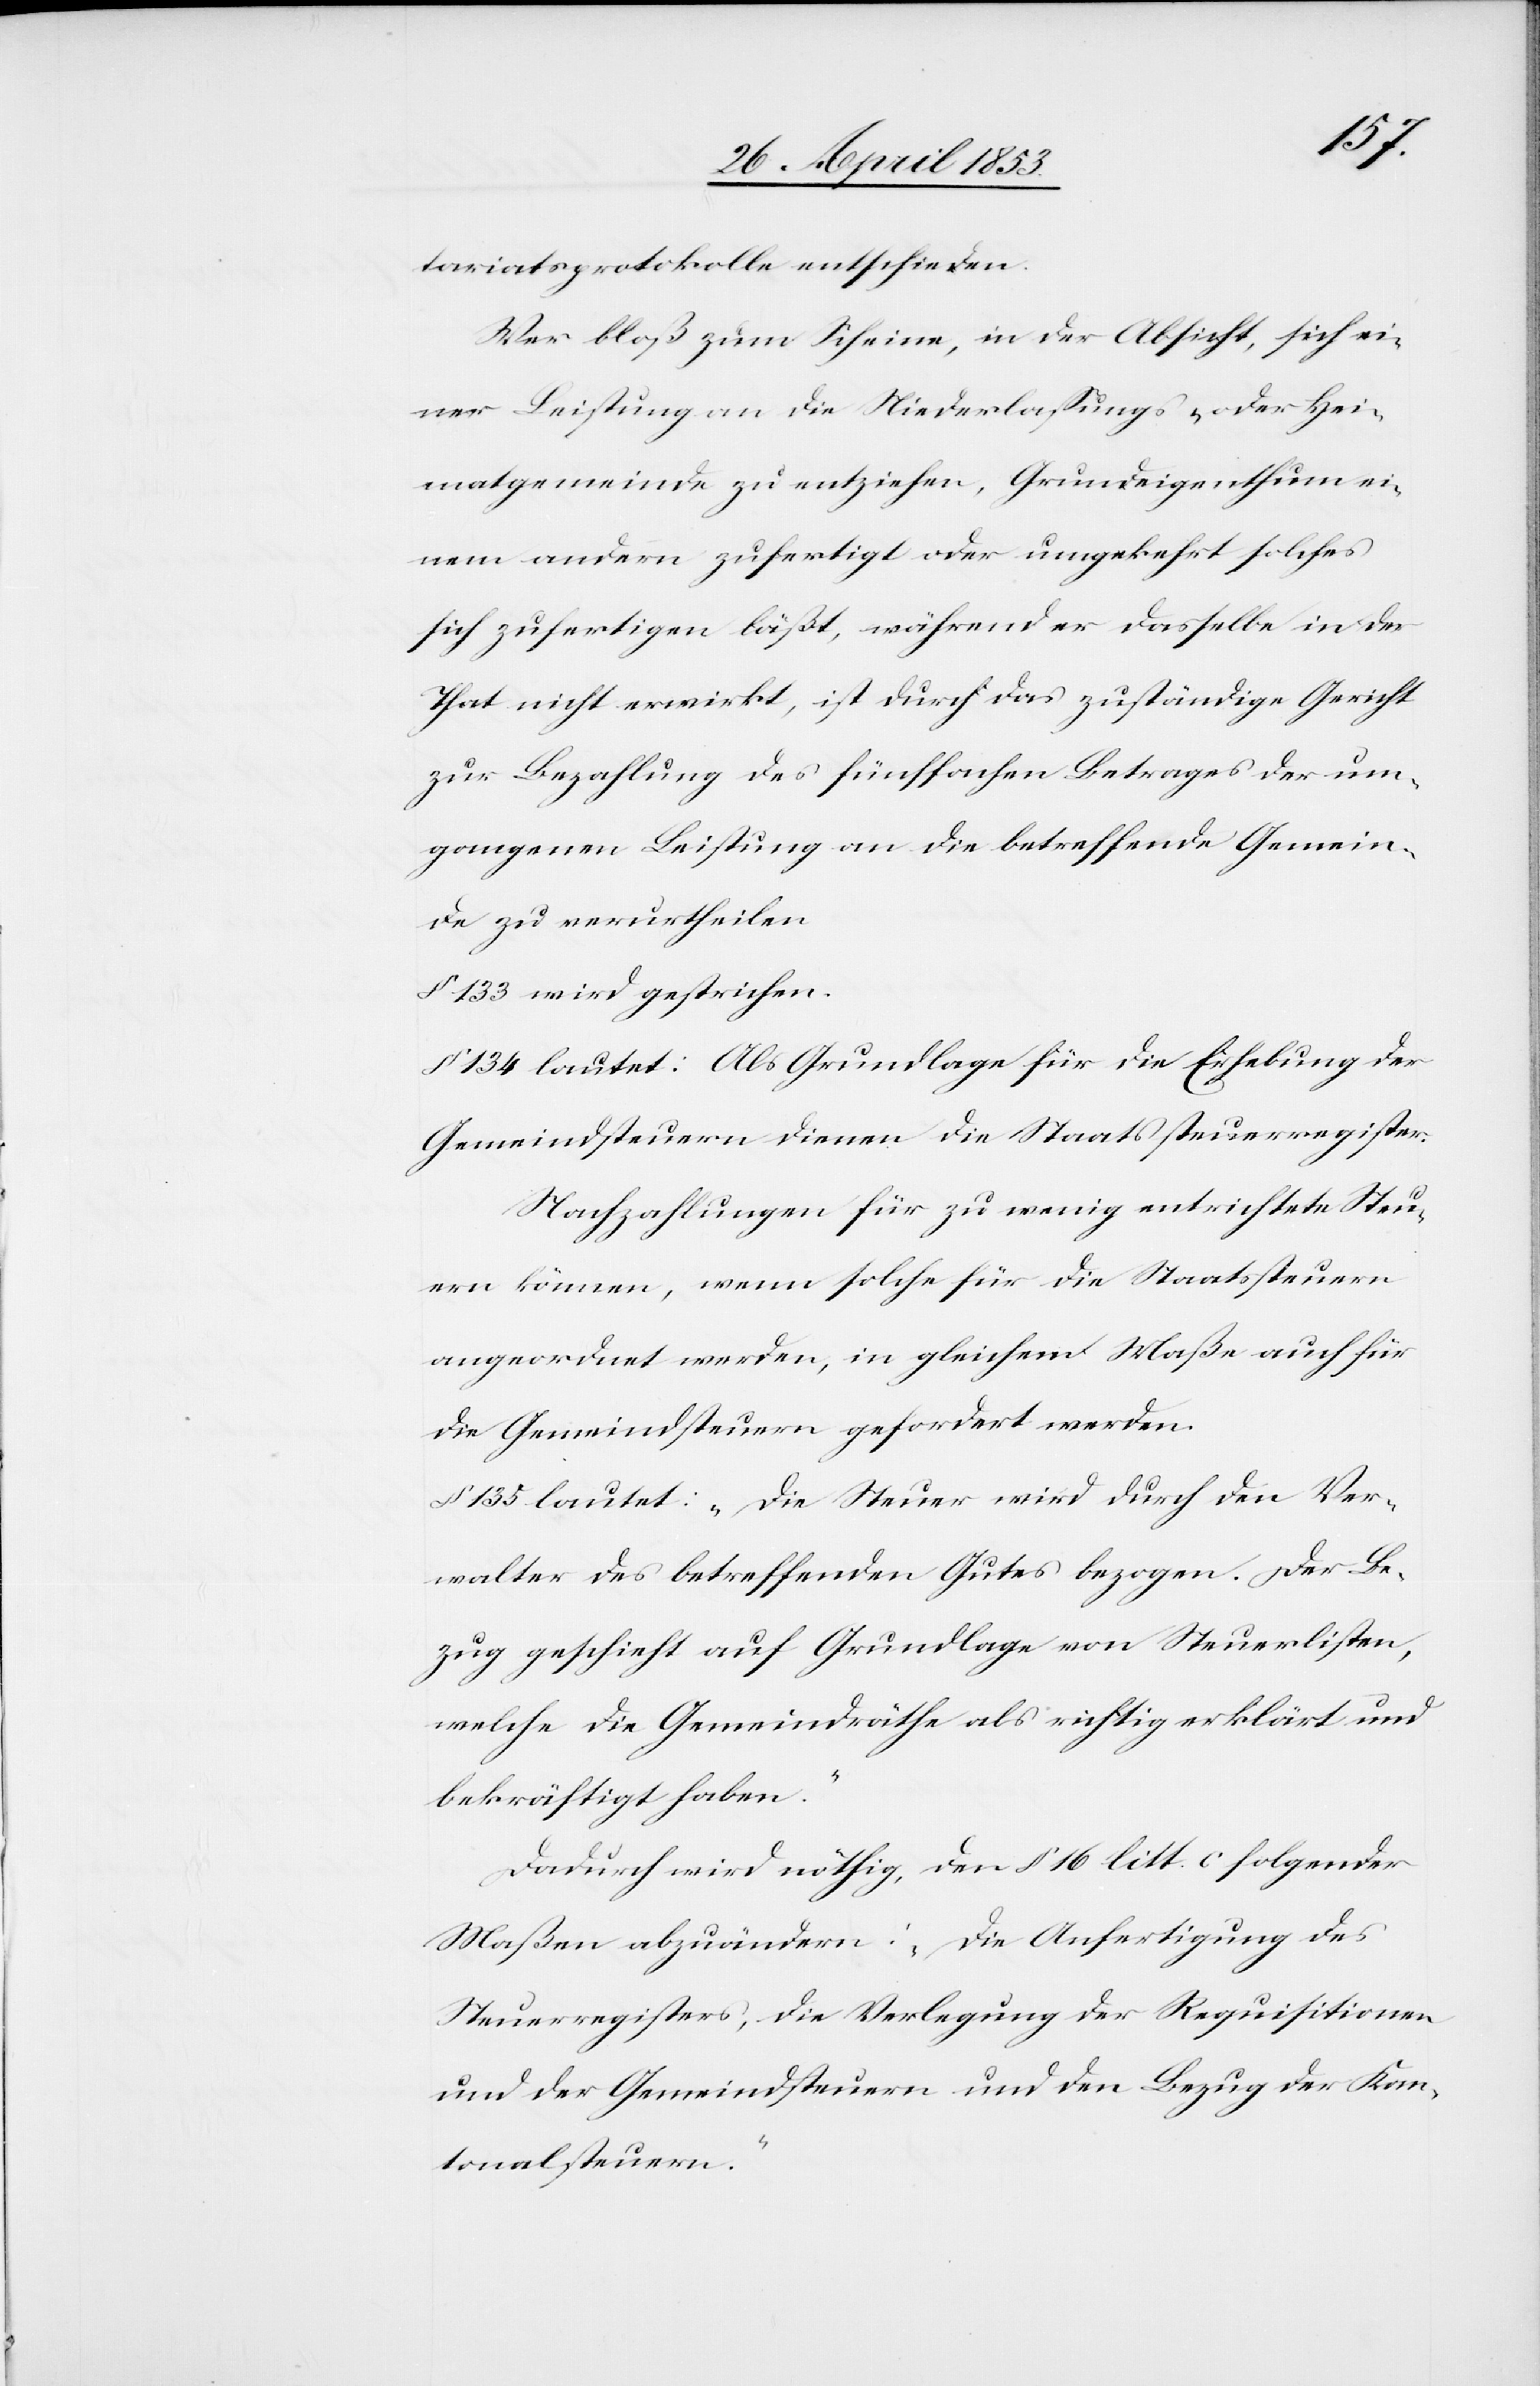
tariatsprotokolle entschieden.
Wer bloß zum Scheine, in der Absicht, sich ei¬
ner Leistung an die Niederlassungs- oder Hei¬
matgemeinde zu entziehen, Grundeigenthum ei¬
nem andern zufertigt oder umgekehrt solches
sich zu fertigen läßt, während er dasselbe in der
That nicht erwirkt, ist durch das zuständige Gericht
zur Bezahlung des fünffachen Betrages der um¬
gangenen Leistung an die betreffende Gemein¬
de zu verurtheilen.
§ 133 wird gestrichen.
§ 134 lautet: Als Grundlage für die Erhebung der
Gemeindsteuern dienen die Staatssteuerregister.
Nachzahlungen für zu wenig entrichtete Steu¬
ern können, wenn solche für die Staatssteuern
angeordnet werden, in gleichem Maße auch für
die Gemeindsteuern gefordert werden.
§ 135 lautet: „Die Steuer wird durch die Ver¬
walter des betreffenden Gutes bezogen. Der Be¬
zug geschieht auf Grundlage von Steuerlisten,
welche die Gemeindräthe als richtig erklärt und
bekräftigt haben.“
Dadurch wird nöthig, den § 16 litt. c folgender
Maßen abzuändern: „Die Anfertigung des
Steuerregisters, die Verlegung der Requisitionen
und der Gemeindsteuern und der Bezug der Kan¬
tonalsteuern.“